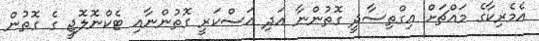
އެމެރިކާގެ މައްޗަށް އިގްތިސާދީ ގޮތުންނާ އަދި އަސްކަރީ ގޮތުންނާއި ޓެކްނޮލޮޖީ ގެ ގޮތުން